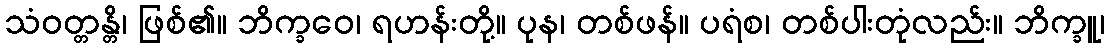
သံဝတ္တန္တိ၊ ဖြစ်၏။ ဘိက္ခဝေ၊ ရဟန်းတို့။ ပုန၊ တစ်ဖန်။ ပရံစ၊ တစ်ပါးတုံလည်း။ ဘိက္ခူ၊